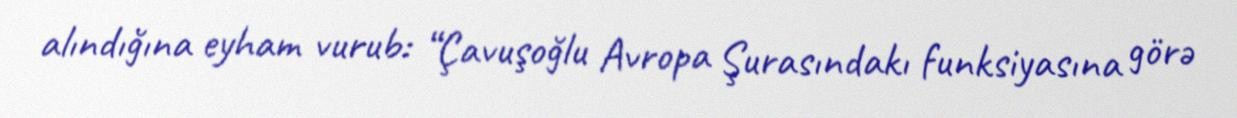
alındığına eyham vurub: “Çavuşoğlu Avropa Şurasındakı funksiyasına görə